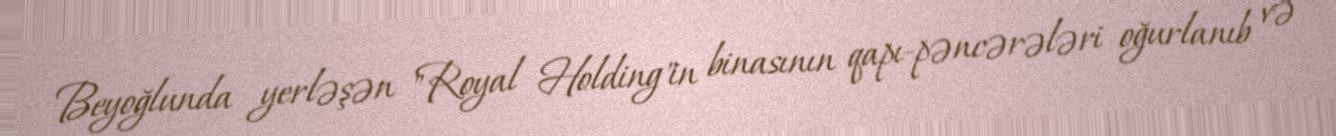
Beyoğlunda yerləşən "Royal Holding"in binasının qapı-pəncərələri oğurlanıb və